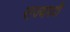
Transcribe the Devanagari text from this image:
राज्यपदी